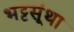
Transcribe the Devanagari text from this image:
भट्टसूंथा